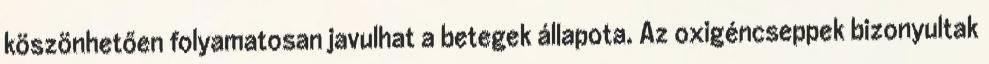
köszönhetően folyamatosan javulhat a betegek állapota. Az oxigéncseppek bizonyultak